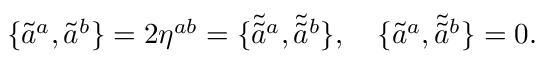
\{ \tilde { a } ^ { a } , \tilde { a } ^ { b } \} = 2 \eta ^ { a b } = \{ \tilde { \tilde { a } } { } ^ { a } , \tilde { \tilde { a } } { } ^ { b } \} , \quad \{ \tilde { a } ^ { a } , \tilde { \tilde { a } } { } ^ { b } \} = 0 .